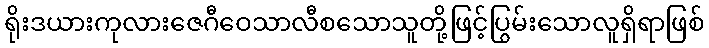
ရိုးဒယားကုလားဇေဂီဝေသာလီစသောသူတို့ဖြင့်ပြွမ်းသောလူရှိရာဖြစ်